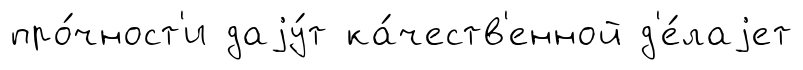
про́чност'и даjу́т ка́честв'енной д'е́лаjет